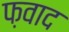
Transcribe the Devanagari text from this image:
फ़वाद